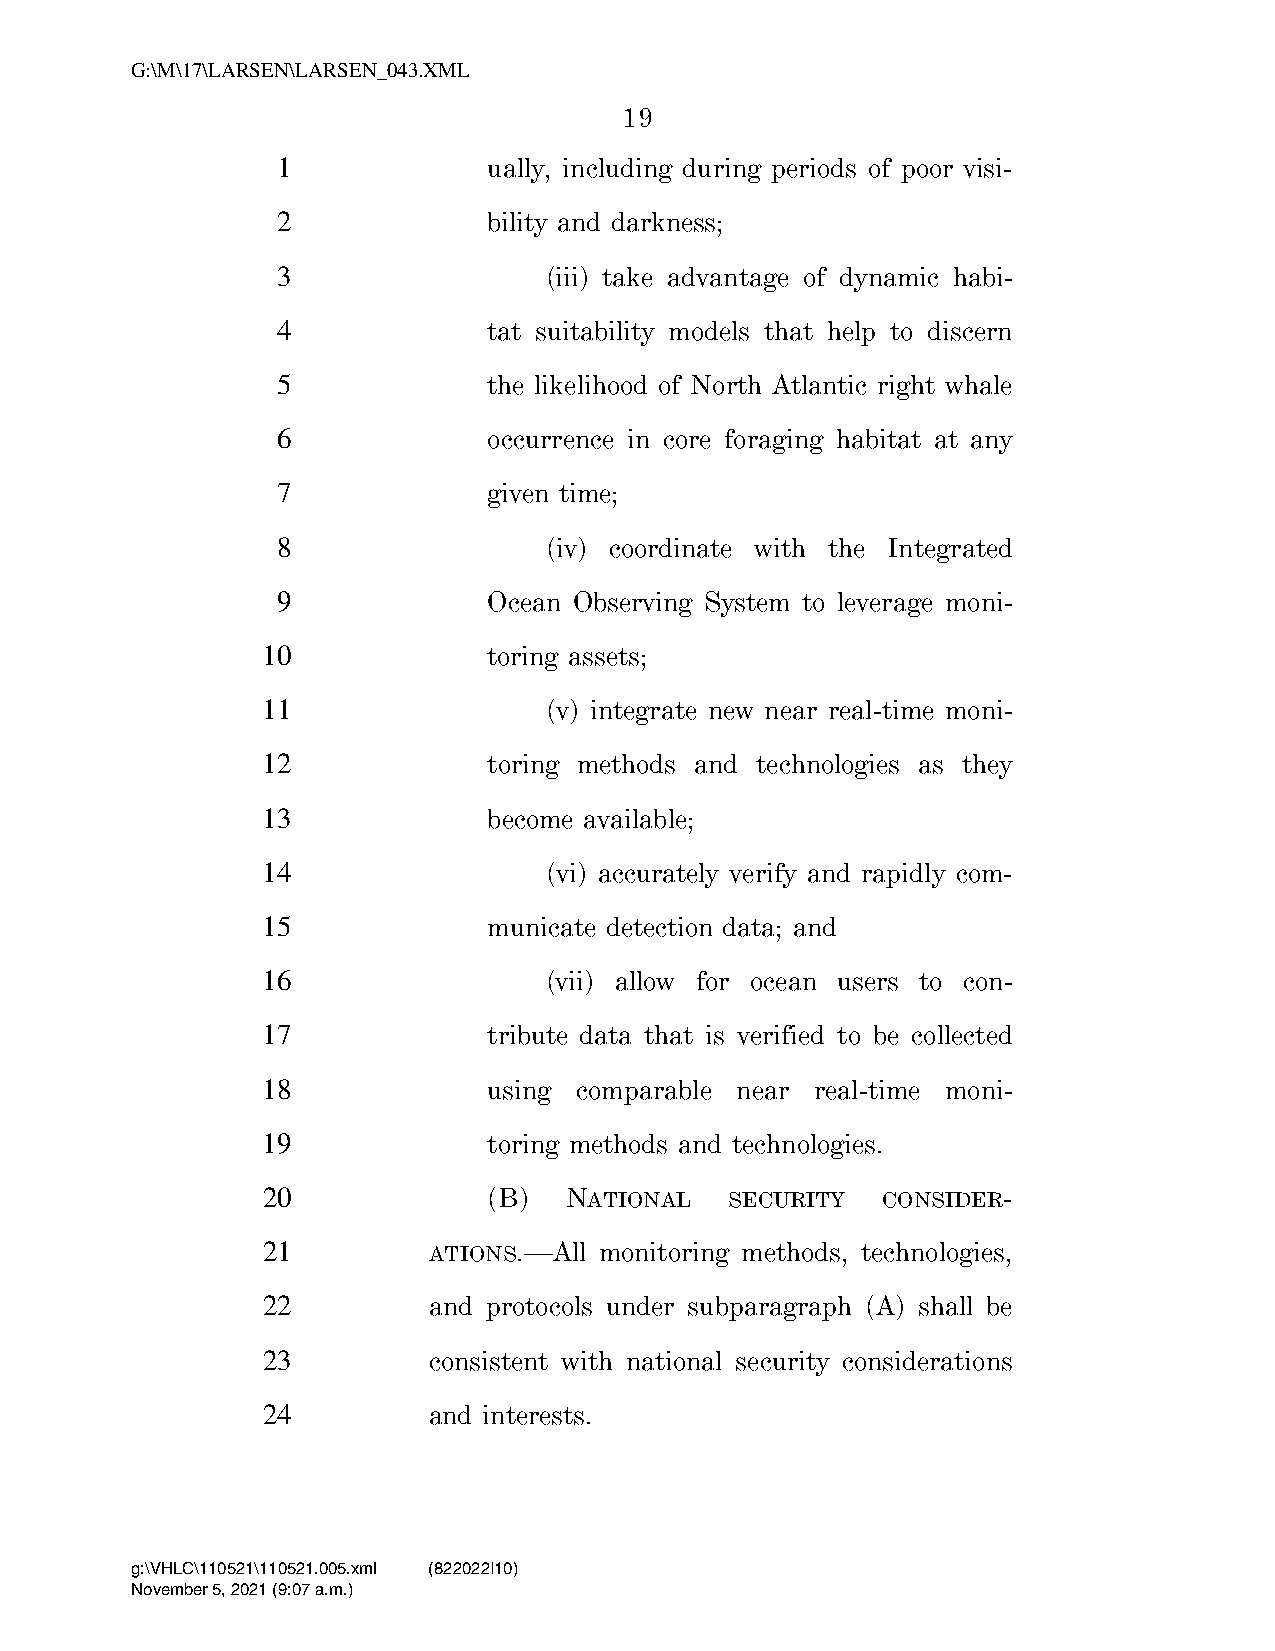
G:\M\17\LARSEN\LARSEN_043.XML
 19
 1             ually, including during periods of poor visi-
 2             bility and darkness;
 3                 (iii) take advantage of dynamic habi-
 4             tat suitability models that help to discern
 5             the likelihood of North Atlantic right whale
 6             occurrence in core foraging habitat at any
 7             given time;
 8                 (iv) coordinate with the Integrated
 9             Ocean Observing System to leverage moni-
 10             toring assets;
 11                 (v) integrate new near real-time moni-
 12             toring methods and technologies as they
 13             become available;
 14                 (vi) accurately verify and rapidly com-
 15             municate detection data; and
 16                 (vii) allow for ocean users to con-
 17             tribute data that is verified to be collected
 18             using comparable near real-time moni-
 19             toring methods and technologies.
 20             (B)  NATIONAL   SECURITY  CONSIDER-
 21         ATIONS.—All monitoring methods, technologies,
 22         and protocols under subparagraph (A) shall be
 23         consistent with national security considerations
 24         and interests.
 g:\VHLC\110521\110521.005.xml (822022|10)
 November 5, 2021 (9:07 a.m.)
 VerDate Nov 24 2008 09:07 Nov 05, 2021 Jkt 000000 PO 00000 Frm 00019 Fmt 6652 Sfmt 6201 C:\USERS\BEWILSON\APPDATA\ROAMING\SOFTQUAD\XMETAL\11.0\GEN\C\LARSEN_0